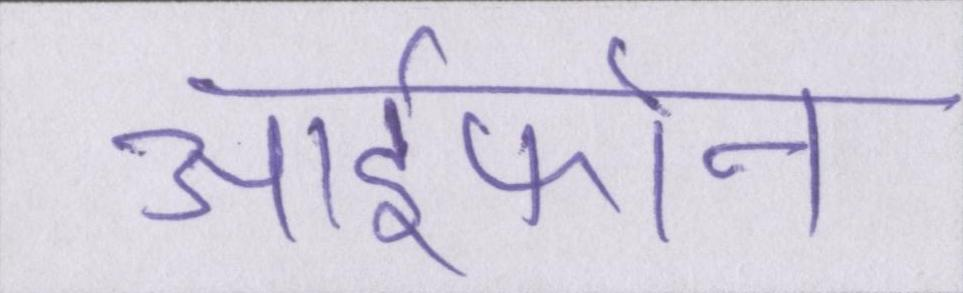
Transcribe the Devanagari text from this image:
आईफोन